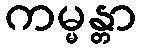
ကမ္မန္တာ